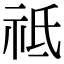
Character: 祗